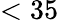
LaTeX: <35